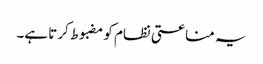
یہ مناعتی نظام کو مضبوط کرتا ہے۔